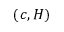
( c , H )